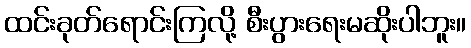
ထင်းခုတ်ရောင်းကြလို့ စီးပွားရေးမဆိုးပါဘူး။